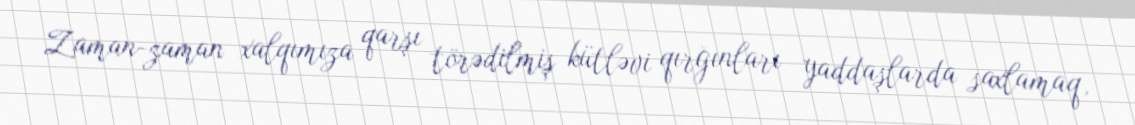
Zaman-zaman xalqımıza qarşı törədilmiş kütləvi qırğınları yaddaşlarda saxlamaq,